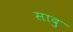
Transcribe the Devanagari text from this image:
सादु